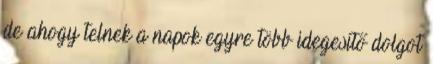
de ahogy telnek a napok egyre több idegesítő dolgot